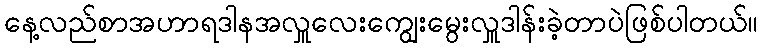
နေ့လည်စာအဟာရဒါနအလှူလေးကျွေးမွေးလှူဒါန်းခဲ့တာပဲဖြစ်ပါတယ်။